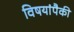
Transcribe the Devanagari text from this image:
विषयांपैकी